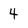
Character: 4